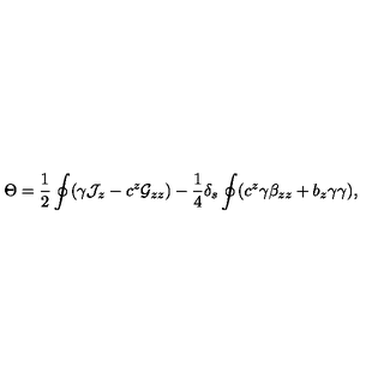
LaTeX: \Theta = { \frac { 1 } { 2 } } \oint ( \gamma { \cal J } _ { z } - c ^ { z } { \cal G } _ { z z } ) - { \frac { 1 } { 4 } } \delta _ { s } \oint ( c ^ { z } \gamma \beta _ { z z } + b _ { z } \gamma \gamma ) ,